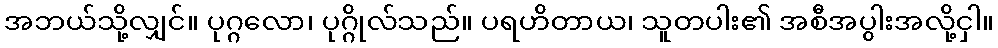
အဘယ်သို့လျှင်။ ပုဂ္ဂလော၊ ပုဂ္ဂိုလ်သည်။ ပရဟိတာယ၊ သူတပါး၏ အစီအပွါးအလို့ငှါ။